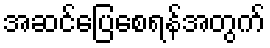
အဆင်ပြေစေရန်အတွက်